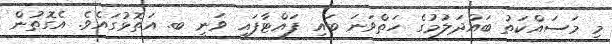
މި މަސައްކަތު ބައްދަލުމުގެ ހަތްވަނަ ބައި ފައްޓާފައި ވަނީ ބ. އަތޮޅުގައެވެ. އެގޮތުން